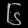
Digit: ၆